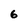
Character: 6